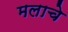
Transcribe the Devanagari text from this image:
मलाचे